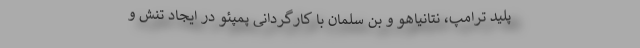
پلید ترامپ، نتانیاهو و بن سلمان با کارگردانی پمپئو در ایجاد تنش و